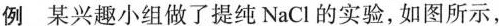
例 某兴趣小组做了提纯NaCl的实验，如图所示，